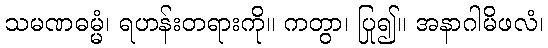
သမဏဓမ္မံ၊ ရဟန်းတရားကို။ ကတွာ၊ ပြု၍။ အနာဂါမိဖလံ၊